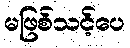
မဖြစ်သင့်ပေ